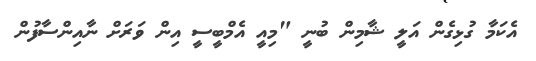
އެކަމާ ގުޅިގެން އަލީ ޝާމިން ބުނީ "މިއީ އެމްބީސީ އިން ވަރަށް ނާއިިންސާފުން